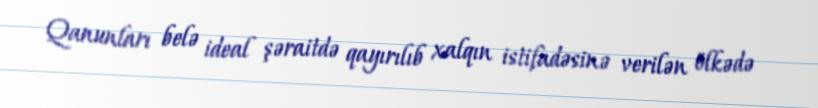
Qanunları belə ideal şəraitdə qayırılıb xalqın istifadəsinə verilən ölkədə